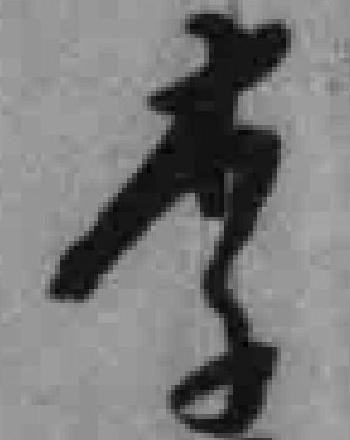
李